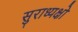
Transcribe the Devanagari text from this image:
सुराध्यक्षो